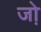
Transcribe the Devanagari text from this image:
जो़